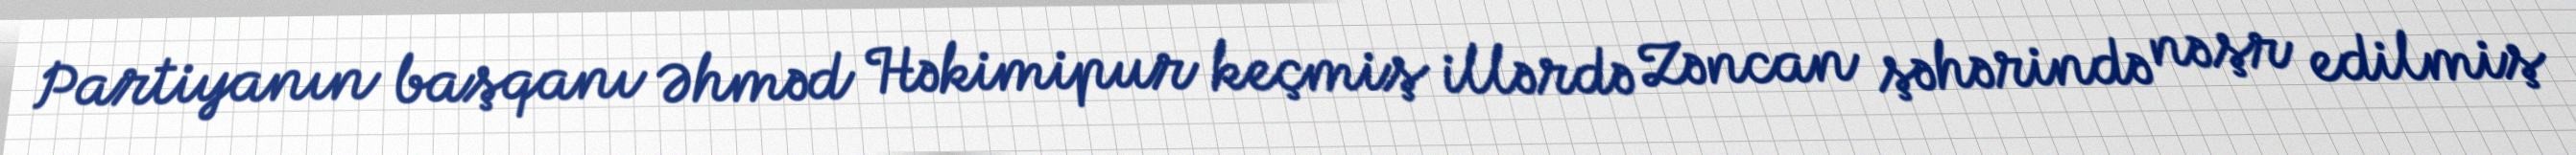
Partiyanın başqanı Əhməd Həkimipur keçmiş illərdə Zəncan şəhərində nəşr edilmiş